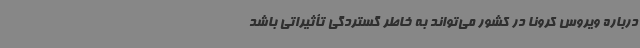
درباره ویروس کرونا در کشور می‌تواند به خاطر گستردگی تأثیراتی باشد